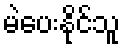
မဲပေးနိုင်သူ